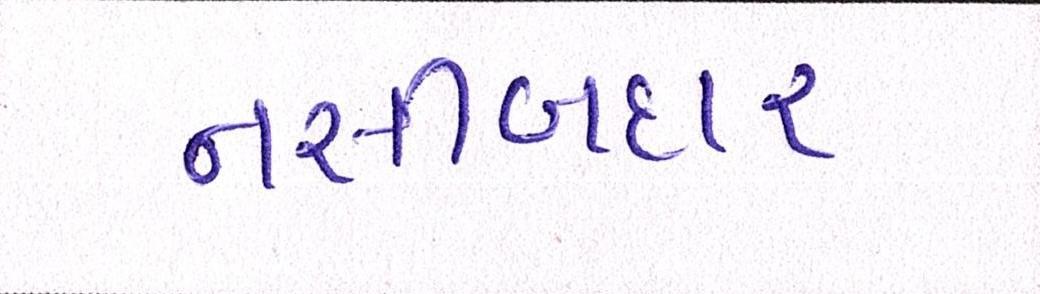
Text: નસીબદાર